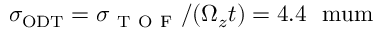
\sigma _ { \mathrm { { O D T } } } = \sigma _ { \mathrm { ~ T ~ O ~ F ~ } } / ( \Omega _ { z } t ) = 4 . 4 ~ \mathrm { { \ m u m } }